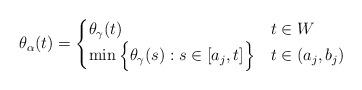
LaTeX: \begin{align*}\theta_\alpha(t) =\begin{cases}\theta_\gamma(t) & t \in W \\\min \Big\{ \theta_\gamma(s) : s \in [a_j,t] \Big\} & t \in (a_j,b_j) \\\end{cases}\end{align*}